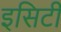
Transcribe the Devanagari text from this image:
इसिटी